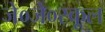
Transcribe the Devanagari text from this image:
जे०जे०स्कूल